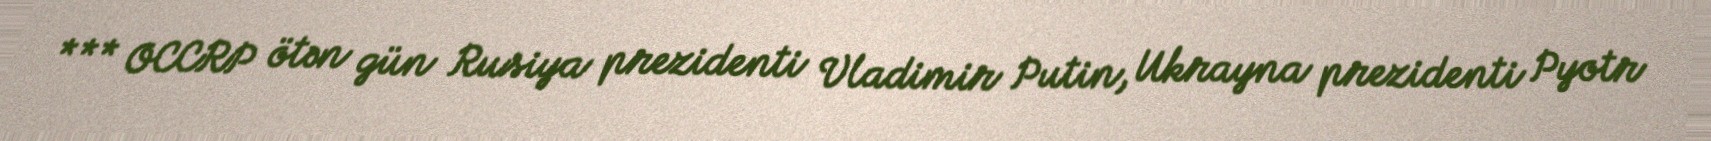
*** OCCRP ötən gün Rusiya prezidenti Vladimir Putin, Ukrayna prezidenti Pyotr